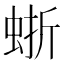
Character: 𧋍